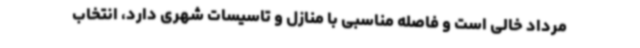
مرداد خالی است و فاصله مناسبی با منازل و تاسیسات شهری دارد، انتخاب